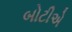
બોટીએ